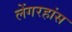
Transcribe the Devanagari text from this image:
लेंगरहांस